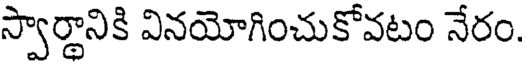
స్వార్థానికి వినయోగించుకోవటం నేరం.